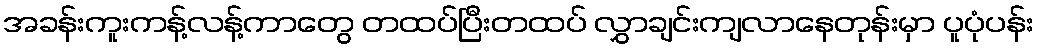
အခန်းကူးကန့်လန့်ကာတွေ တထပ်ပြီးတထပ် လွှာချင်းကျလာနေတုန်းမှာ ပူပုံပန်း